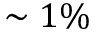
\sim 1 \%